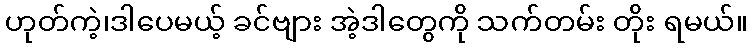
ဟုတ်ကဲ့၊ဒါပေမယ့် ခင်ဗျား အဲ့ဒါတွေကို သက်တမ်း တိုး ရမယ်။